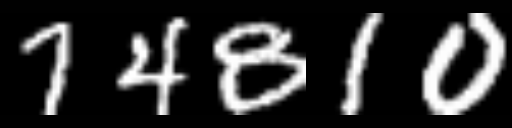
Text: 74810